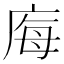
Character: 𭙝